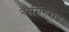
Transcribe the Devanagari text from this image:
नरसिंगराव